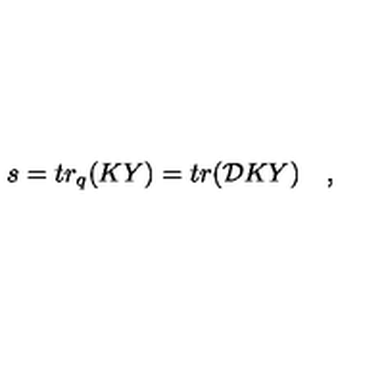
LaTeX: s = t r _ { q } ( K Y ) = t r ( { \cal D } K Y ) \quad ,